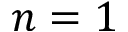
n = 1